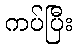
ကပ်ပြီး